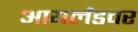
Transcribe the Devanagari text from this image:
आयर्लंडवर